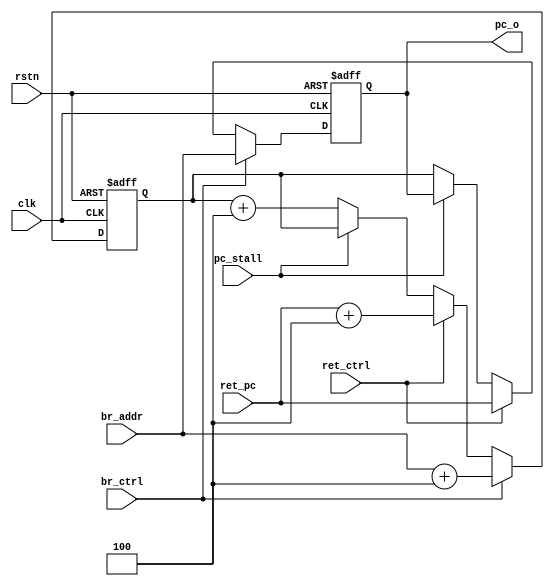
module pc(
    input  wire         clk,
    input  wire         br_ctrl, //br
    input  wire[31:0]   br_addr,
    // yjk add
    input  wire          ret_ctrl,
    input  wire[31:0]    ret_pc,
    // yjk add end
    input  wire         rstn,
    output reg[31:0]    pc_o,
    //hazard detection
    input  wire         pc_stall
    );

reg [31:0] pc_next;

always @(posedge clk or negedge rstn) begin
    if (!rstn)begin
        pc_o    <= 0;
    end
    else if (br_ctrl) begin
        pc_o <= br_addr;
        $display("PC_o = BR_addr: %h", pc_o);
    end
    // yjk add
    else if(ret_ctrl) begin
        pc_o <= ret_pc;
        $display("PC_o = RET_addr: %h", pc_o);
    end
    // yjk add end
    else if (pc_stall) begin
        pc_o <= pc_o;
        $display("PC_o = stall: %h", pc_o);
    end
    else begin
        pc_o <= pc_next;
        $display("PC_O = PC_next: %h", pc_o);
    end
end

always @(posedge clk or negedge rstn) begin
    if (!rstn)begin
        pc_next  <= 4;
    end
    else if (br_ctrl) begin
        pc_next <= br_addr + 4;
        //$display("PC_next = BR_addr: %h", pc_next);
    end
    // yjk add
    else if(ret_ctrl) begin
        pc_next <= ret_pc + 4;
    end
    // yjk add end
    else if (pc_stall) begin
        pc_next <= pc_next;
        $strobe("PC_next = stall: %h", pc_next);
    end
    else begin
        pc_next <= pc_next + 4;
    end
end

endmodule